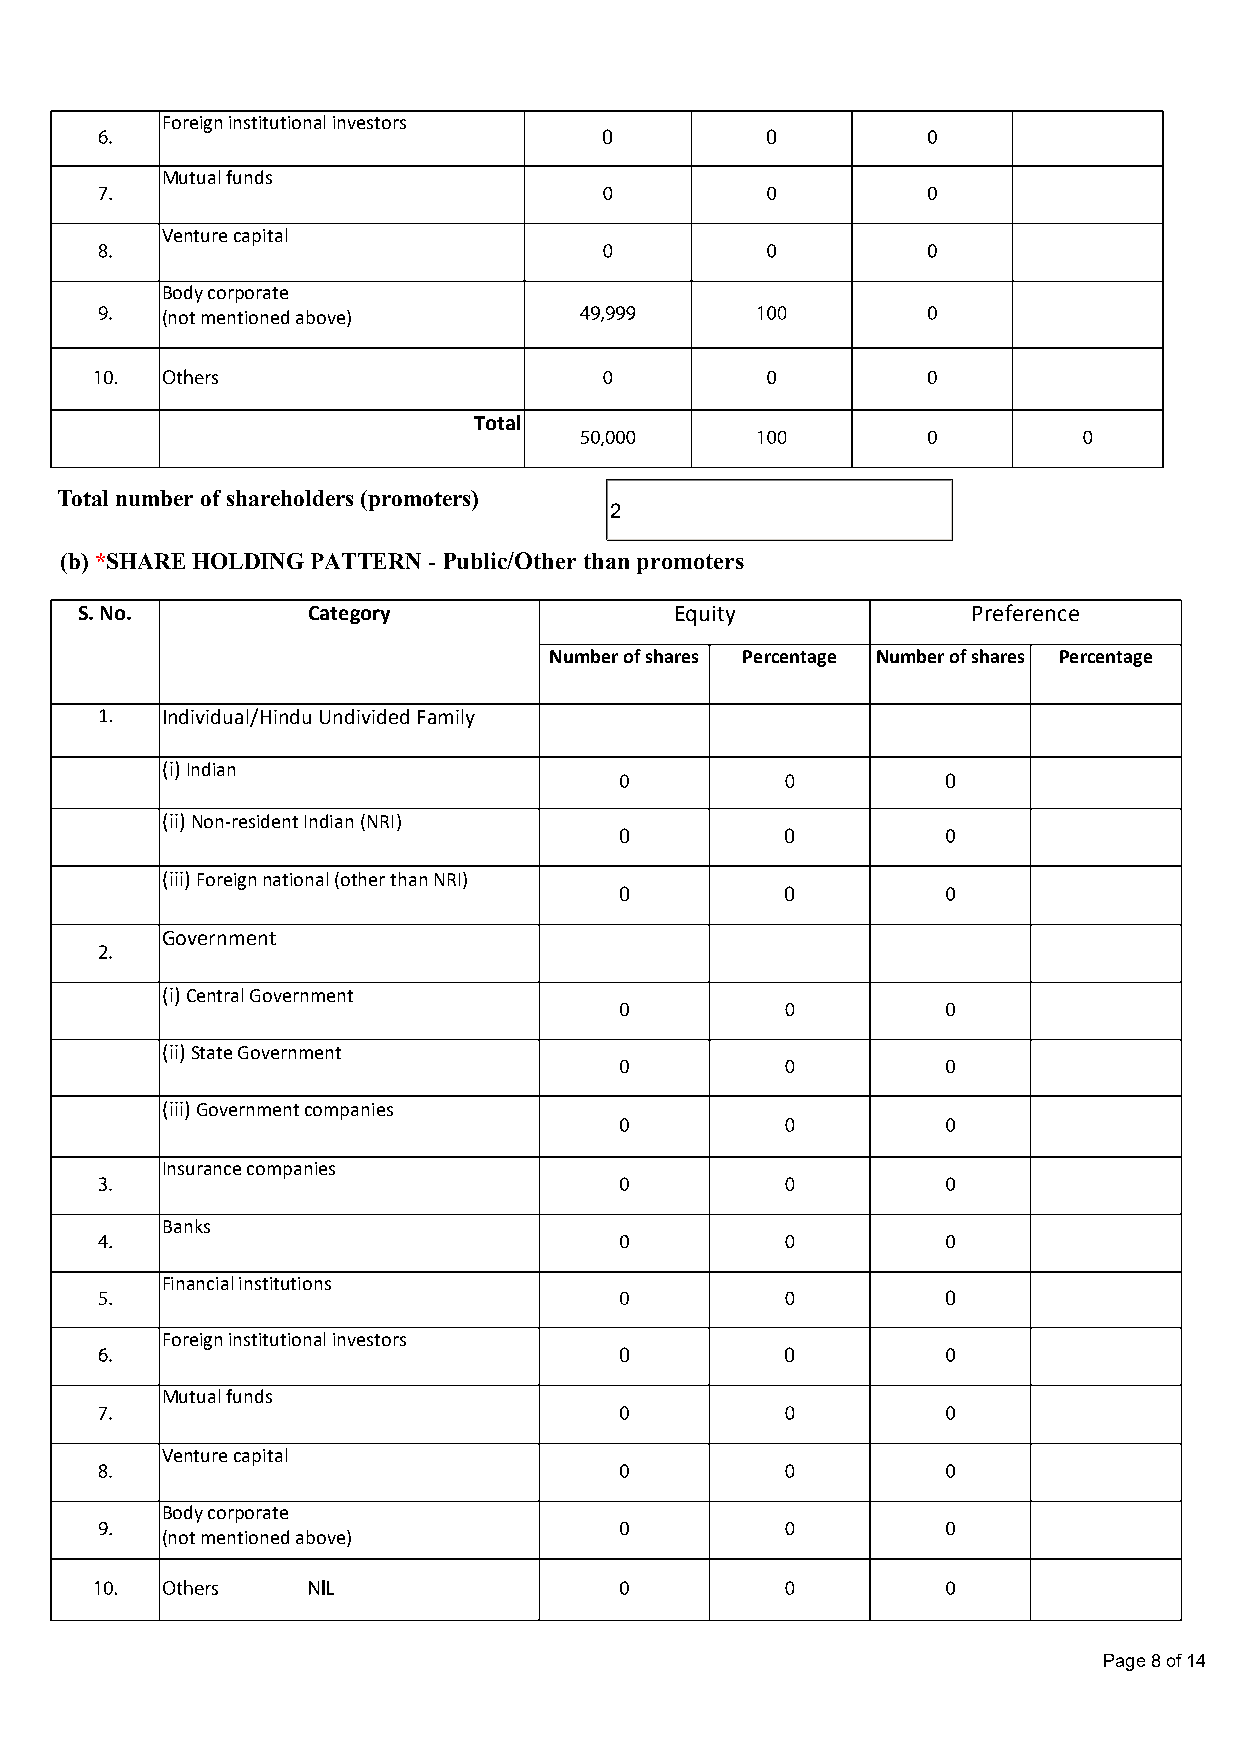
Foreign institutional investors
 0          0
 Mutual funds
 Venture capital
 Body corporate
 (not mentioned above)
 Total
 Total number of shareholders (promoters)
 2
 (b) *SHARE HOLDING PATTERN - Public/Other than promoters
 S. No.         Category                 Equity             Preference
 Number of shares Percentage Number of shares Percentage
 1.   Individual/Hindu Undivided Family
 (i) Indian
 0
 (ii) Non-resident Indian (NRI)
 0          0
 (iii) Foreign national (other than NRI)
 0          0
 Government
 (i) Central Government
 (ii) State Government
 (iii) Government companies
 Insurance companies
 Banks
 Financial institutions
 0
 Foreign institutional investors
 0          0
 Mutual funds
 Venture capital
 Body corporate
 (not mentioned above)
 Page 8 of 14